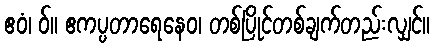
ဧဝံ၊ ဝ်။ ဧကပ္ပတာရေနေဝ၊ တစ်ပြိုင်တစ်ချက်တည်းလျှင်။